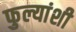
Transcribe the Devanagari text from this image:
फुल्यांशी